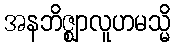
အနဘိဇ္ဈာလူဟမသ္မိ